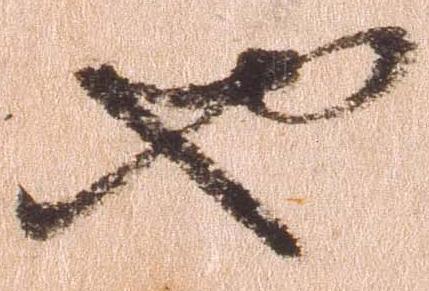
也